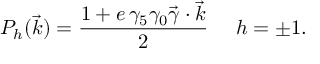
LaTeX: P _ { h } ( \vec { k } ) = \frac { 1 + e \, \gamma _ { 5 } \gamma _ { 0 } \vec { \gamma } \cdot { \vec { k } } } { 2 } ~ ~ ~ ~ h = \pm 1 .